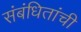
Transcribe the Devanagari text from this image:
संबंधितांची